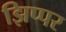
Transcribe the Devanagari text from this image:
झिप्पर